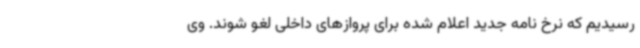
رسیدیم که نرخ نامه جدید اعلام شده برای پروازهای داخلی لغو شوند. وی